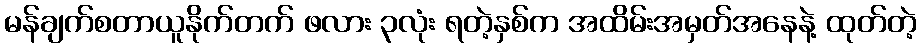
မန်ချက်စတာယူနိုက်တက် ဖလား ၃လုံး ရတဲ့နှစ်က အထိမ်းအမှတ်အနေနဲ့ ထုတ်တဲ့